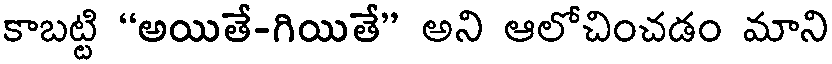
కాబట్టి "అయితే-గియితే" అని ఆలోచించడం మాని